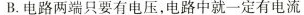
B.电路两端只要有电压，电路中就一定有电流